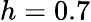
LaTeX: h=0.7